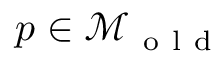
p \in \mathcal { M } _ { \mathrm { ~ o ~ l ~ d ~ } }